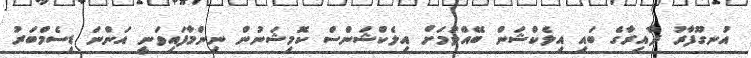
އުނގޫފާރު ދާއިރާގެ ބައި އިލެކްޝަން ބޭއްވުމަށް އިލެކްޝަންސް ކޮމިޝަނުން ނިންމާފައިވަނީ އަންނަ ޑިސެމްބަރު